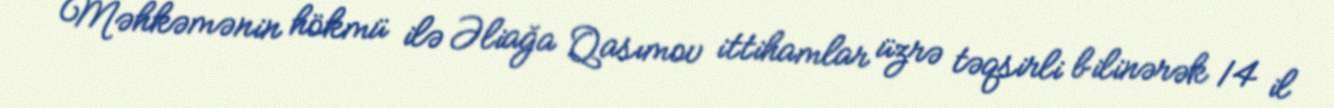
Məhkəmənin hökmü ilə Əliağa Qasımov ittihamlar üzrə təqsirli bilinərək 14 il